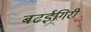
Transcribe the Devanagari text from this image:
बढईगिरी